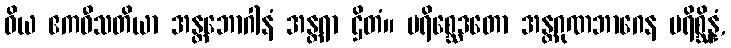
ဝိယ ဧကဝီသတိယာ အန္တဘောဂါနံ အန္တရာ ဌိတံ။ ပရိစ္ဆေဒတော အန္တဂုဏဘာဂေန ပရိစ္ဆိန္နံ,